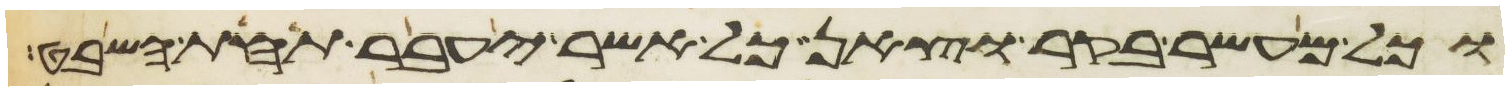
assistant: וכל מעשר בקר וצאן כל אשר יעבר תחת השבט